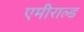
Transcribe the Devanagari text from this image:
एमीराल्ड